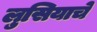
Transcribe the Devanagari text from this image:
लुसियाचे